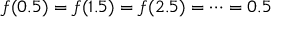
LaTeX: f ( 0 . 5 ) = f ( 1 . 5 ) = f ( 2 . 5 ) = \cdots = 0 . 5